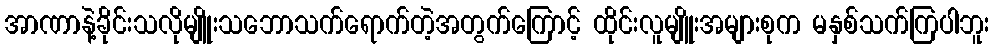
အာဏာနဲ့ခိုင်းသလိုမျိူးသဘောသက်ရောက်တဲ့အတွက်ကြောင့် ထိုင်းလူမျိူးအများစုက မနှစ်သက်ကြပါဘူး